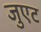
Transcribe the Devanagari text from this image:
जुएट